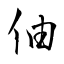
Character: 伷